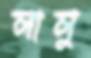
লালু